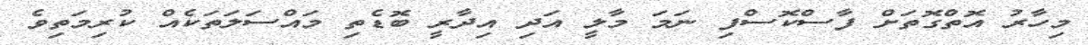
މިހާރު އޮތްގޮތަށް ފާސްކޮސްފި ނަމަ މާލީ އަދި އިދާރީ ބޮޑެތި މައްސަލަތަކެއް ކުރިމަތިވެ